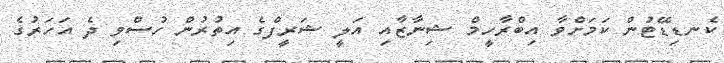
ކެނޑިޑޭޓުން ކަމަށްވާ އިބްރާހީމް ޝިނާޒާއި އަލީ ޝަރީފްގެ އިތުރުން ހުސްވި ދެ އަހަރުގެ